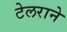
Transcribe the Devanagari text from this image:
टेलराने